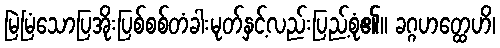
မြဲမြံသောပြအိုးပြစ်စစ်တံခါးမုတ်နှင့်လည်းပြည့်စုံ၏။ ခဂ္ဂဟတ္ထေဟိ၊